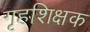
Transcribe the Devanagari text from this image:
गृहशिक्षक